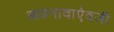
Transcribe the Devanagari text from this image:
आडनावाऐवजी